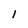
Character: i